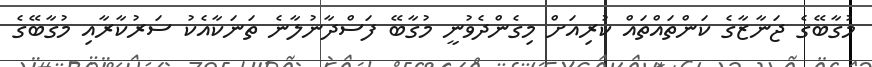
މުގާބޭގެ ޖަނާޒާގެ ކަންތައްތައް ކުރިއަށް މިގެންދެވުނީ މުގާބޭ ފަސްދާނުލާނެ ތަނަކާއެކު ސަރުކާރާއި މުގާބޭގެ